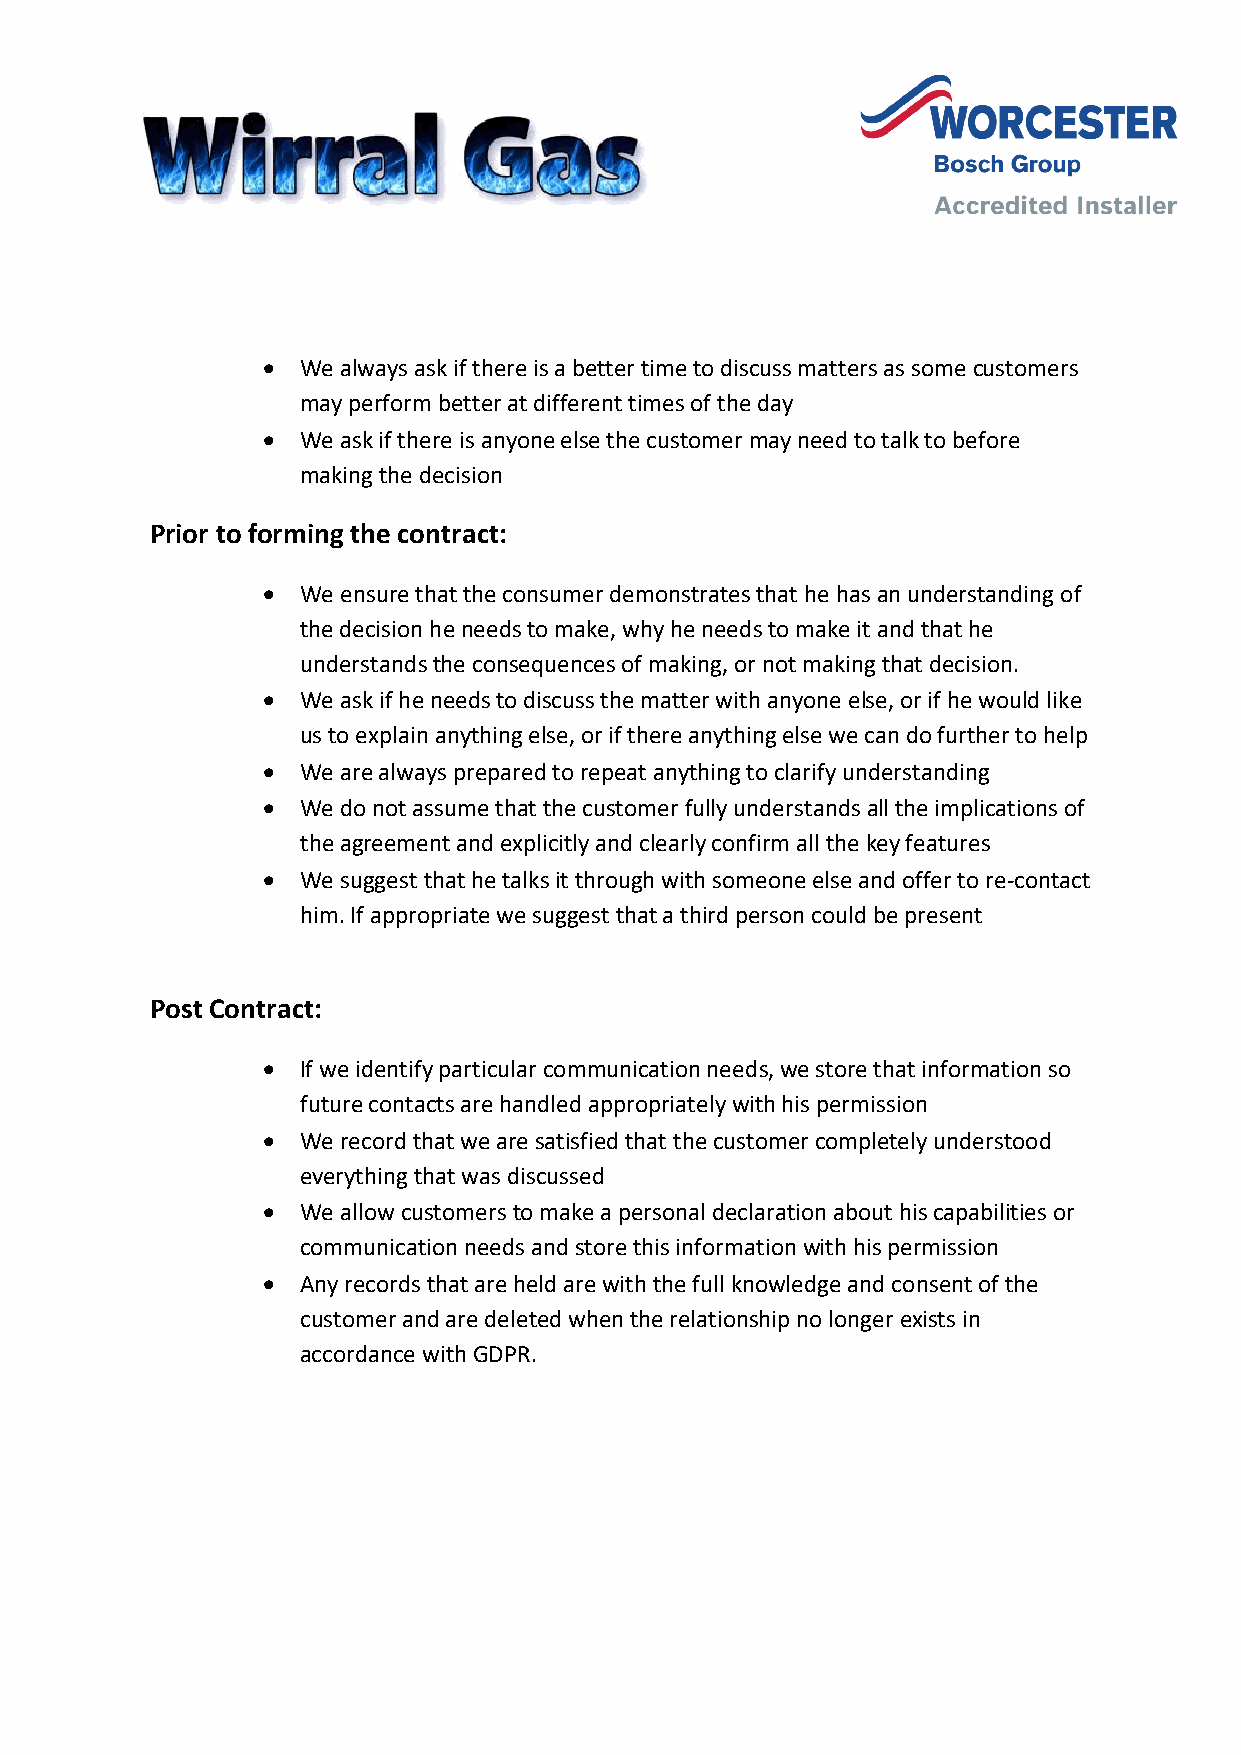
•  We always ask if there is a better time to discuss matters as some customers
 may perform better at different times of the day
 •  We ask if there is anyone else the customer may need to talk to before
 making the decision
 Prior to forming the contract:
 •  We ensure that the consumer demonstrates that he has an understanding of
 the decision he needs to make, why he needs to make it and that he
 understands the consequences of making, or not making that decision.
 •  We ask if he needs to discuss the matter with anyone else, or if he would like
 us to explain anything else, or if there anything else we can do further to help
 •  We are always prepared to repeat anything to clarify understanding
 •  We do not assume that the customer fully understands all the implications of
 the agreement and explicitly and clearly confirm all the key features
 •  We suggest that he talks it through with someone else and offer to re-contact
 him. If appropriate we suggest that a third person could be present
 Post Contract:
 •  If we identify particular communication needs, we store that information so
 future contacts are handled appropriately with his permission
 •  We record that we are satisfied that the customer completely understood
 everything that was discussed
 •  We allow customers to make a personal declaration about his capabilities or
 communication needs and store this information with his permission
 •  Any records that are held are with the full knowledge and consent of the
 customer and are deleted when the relationship no longer exists in
 accordance with GDPR.